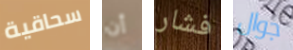
سحاقية أن فشار جوال